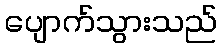
ပျောက်သွားသည်